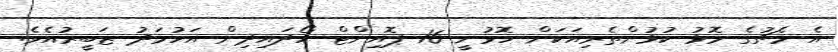
އެ މެޗުގެ މޮޅު ކުޅުންތެރިއަކަށް ހޮވުނީ 16 ޕޮއިންޓް ހޯދައިދިން އަހުމަދު ޒަބީރުއެވެ.